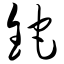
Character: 铊